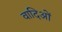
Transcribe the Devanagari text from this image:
वादिओं